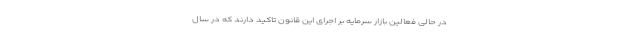
در حالی فعالین بازار سرمایه بر اجرای این قانون تاکید دارند که در سال